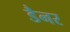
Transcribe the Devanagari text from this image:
डैनर